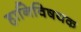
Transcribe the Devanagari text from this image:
हानिविषयक